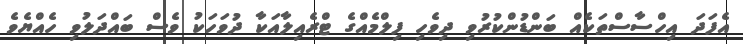
އެފަދަ އިހްސާސްތަކެއް ބަންޑުންކުރުވި ދިވެހި ފިލްމެއްގެ ޓްރެއިލާއަކާ ދުވަހަކު ވެސް ބައްދަލުވި ހެއްޔެވެ